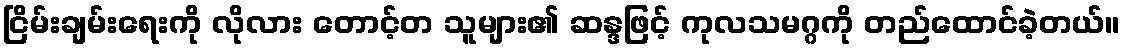
ငြိမ်းချမ်းရေးကို လိုလား တောင့်တ သူများ၏ ဆန္ဒဖြင့် ကုလသမဂ္ဂကို တည်ထောင်ခဲ့တယ်။